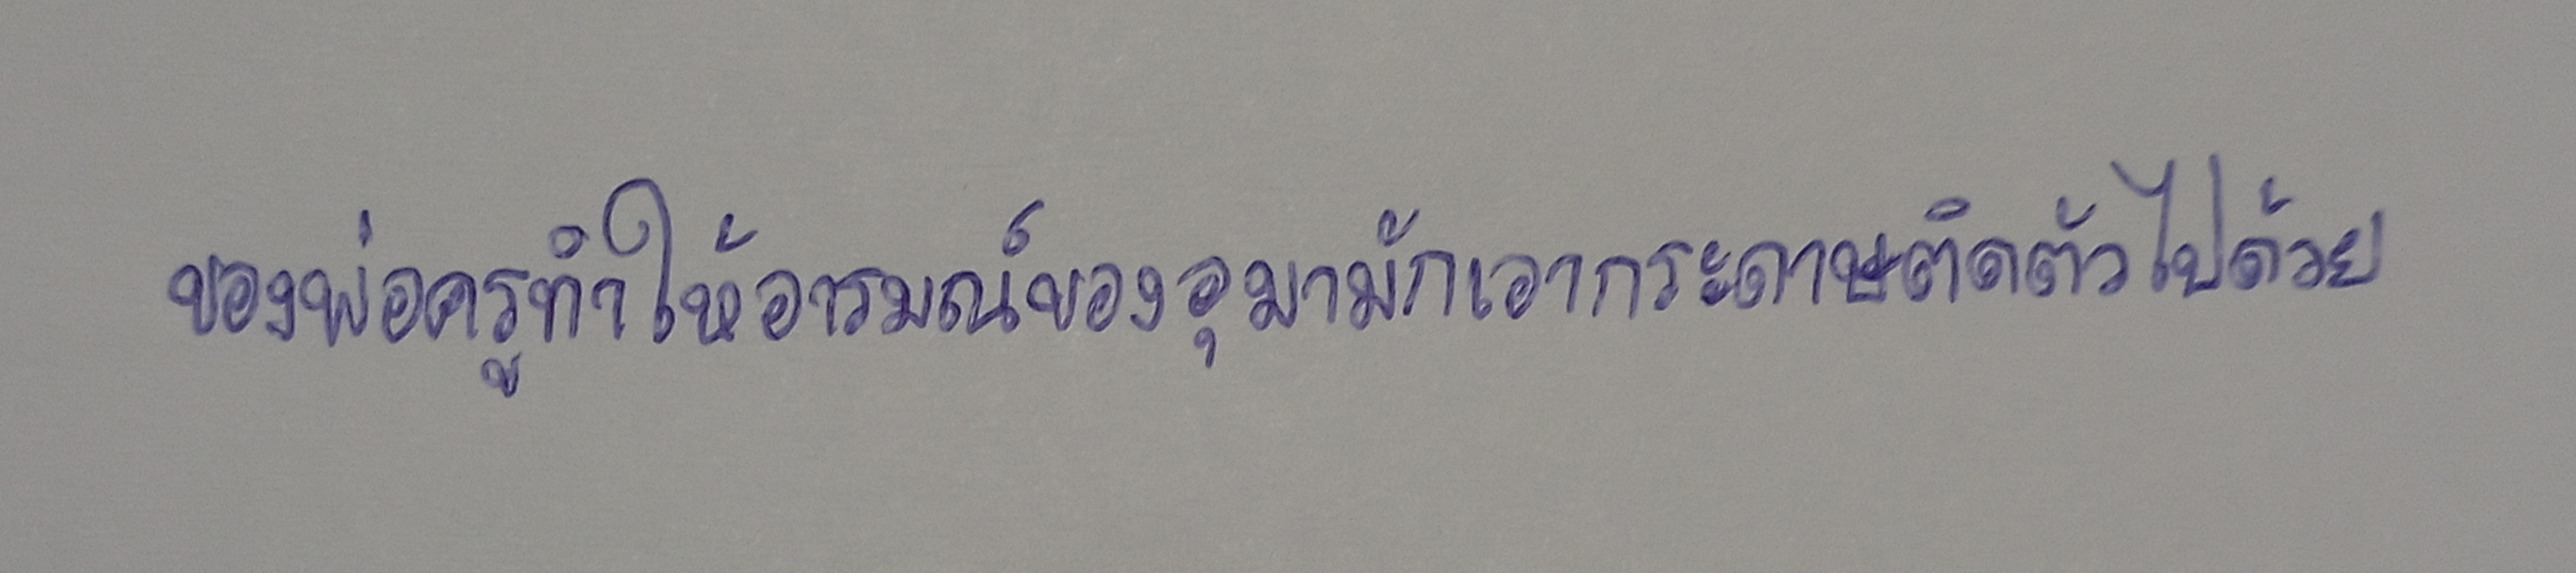
ของพ่อครูทำให้อารมณ์ของอุมามักเอากระดาษติดตัวไปด้วย